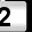
Digit: 2